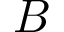
{ B }